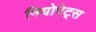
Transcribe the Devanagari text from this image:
नियोपेट्स